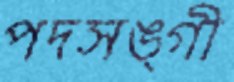
পদসঙ্গী